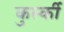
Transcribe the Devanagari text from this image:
कुर्स्की